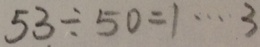
5 3 \div 5 0 = 1 \cdots 3